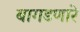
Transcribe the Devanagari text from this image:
बागडणारे